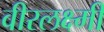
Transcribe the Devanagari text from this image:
वीरलक्ष्मी